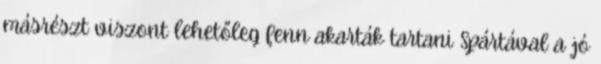
másrészt viszont lehetőleg fenn akarták tartani Spártával a jó